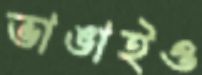
ভাঙাইও